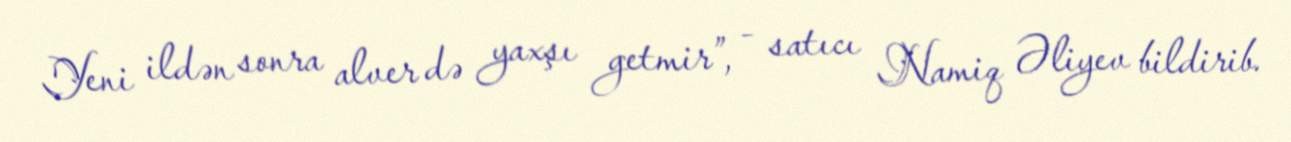
Yeni ildən sonra alver də yaxşı getmir”, - satıcı Namiq Əliyev bildirib.